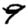
Digit: 9